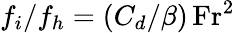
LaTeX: f_{i}/f_{h}=(C_{d}/\beta)\, \mathrm{Fr}^{2}